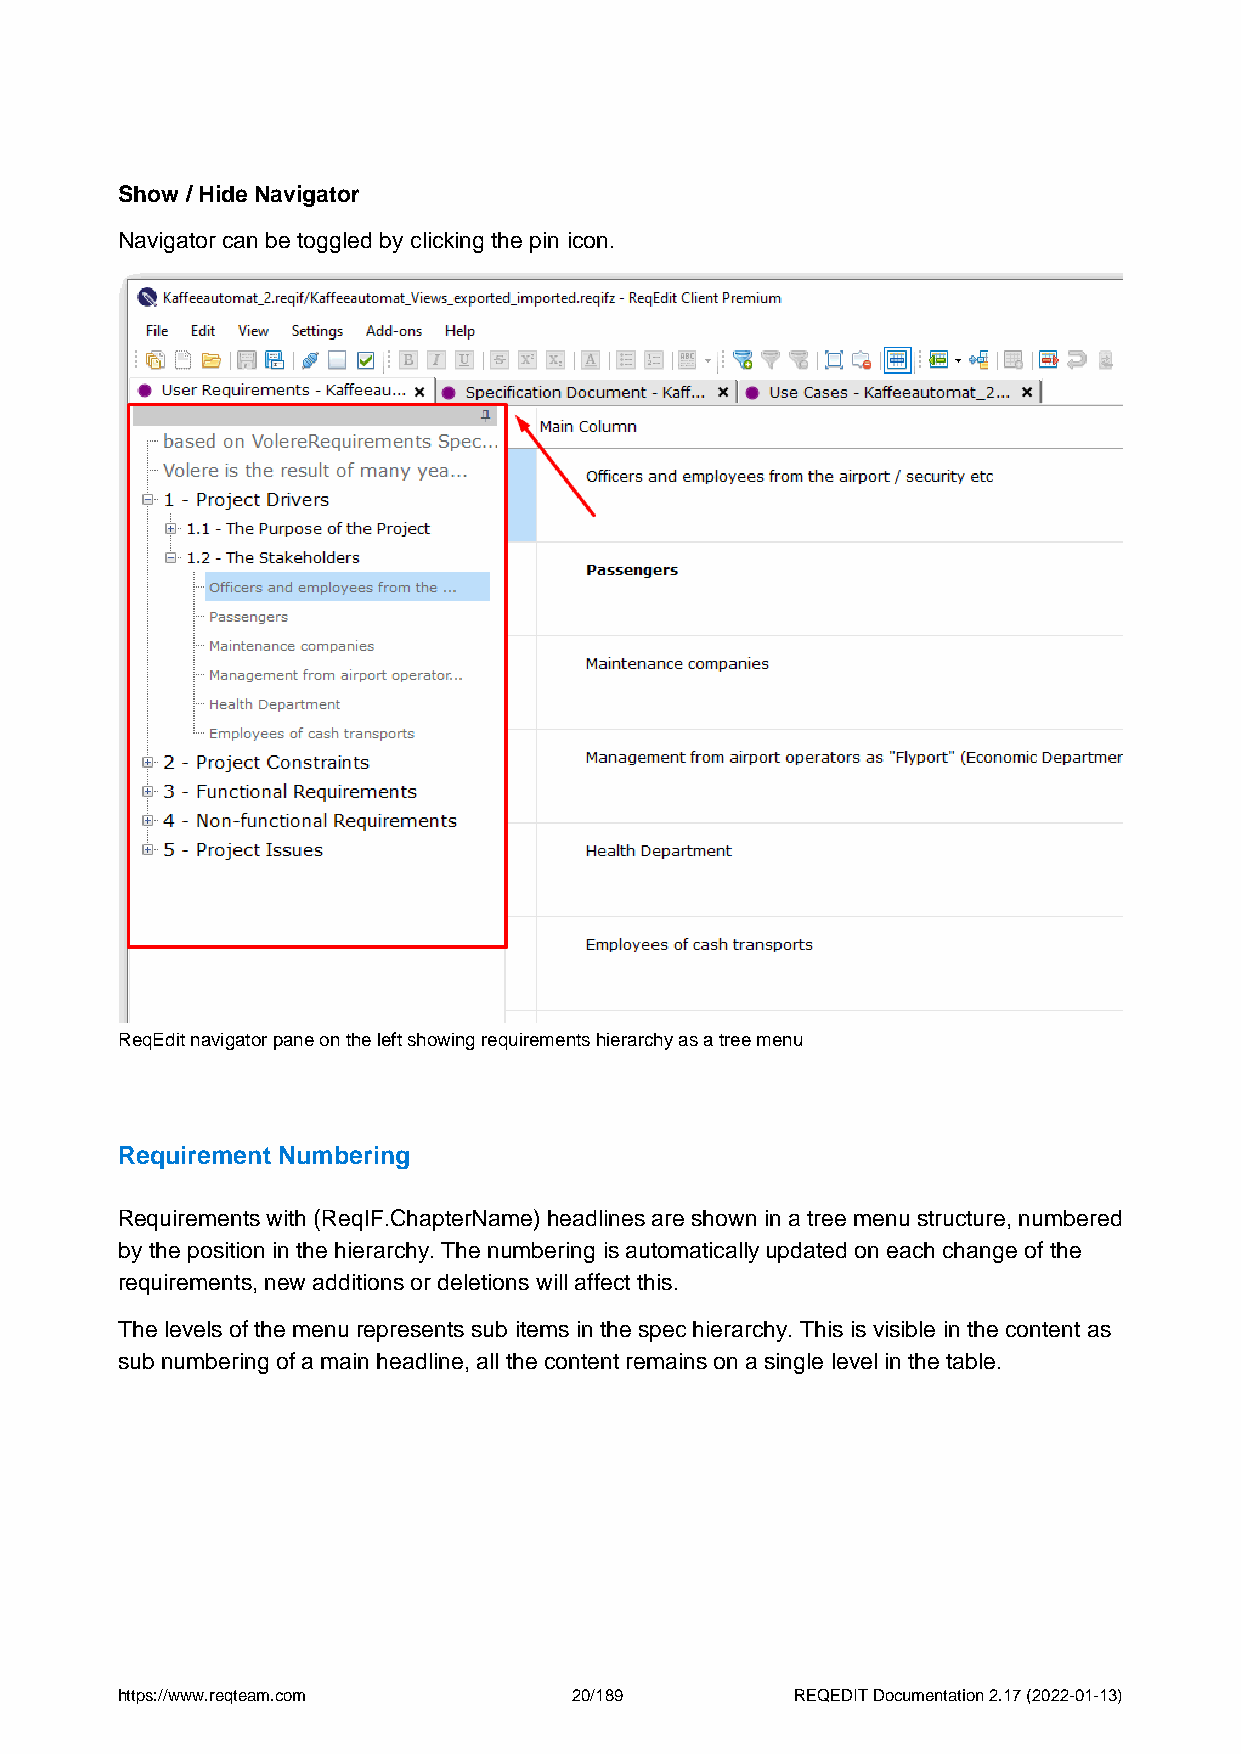
Show / Hide Navigator
 Navigator can be toggled by clicking the pin icon.
 ReqEdit navigator pane on the left showing requirements hierarchy as a tree menu
 Requirement Numbering
 Requirements with (ReqIF.ChapterName) headlines are shown in a tree menu structure, numbered
 by the position in the hierarchy. The numbering is automatically updated on each change of the
 requirements, new additions or deletions will affect this.
 The levels of the menu represents sub items in the spec hierarchy. This is visible in the content as
 sub numbering of a main headline, all the content remains on a single level in the table.
 https://www.reqteam.com       20/189         REQEDIT Documentation 2.17 (2022-01-13)